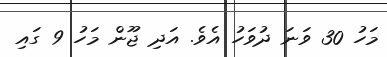
މަހު 30 ވަނަ ދުވަހު އެވެ. އަދި ޖޫން މަހު 9 ގައި